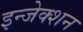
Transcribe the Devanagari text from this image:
इन्‍जेक्‍शन